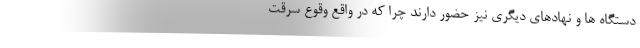
دستگاه ها و نهادهای دیگری نیز حضور دارند چرا که در واقع وقوع سرقت